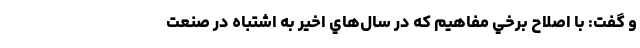
و گفت: با اصلاح برخي مفاهيم كه در سال‌هاي اخير به اشتباه در صنعت